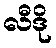
လီဒို